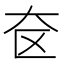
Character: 奁